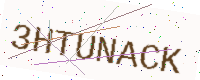
Text: 3HTUNACK